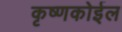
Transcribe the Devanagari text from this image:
कृष्णकोईल